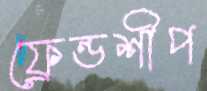
ফ্রেন্ডশীপ